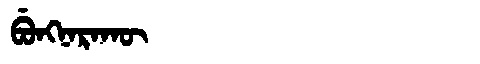
Manchu: ᠪᡠᠩᠨᠠᡵᠠᡴᡡ
Romanization: BUNGNARAKŪ